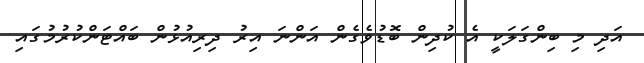
އަދި މި ބިންގަލަކީ އެ ކުދިން ބޮޑުވެގެން އަންނަ އިރު ދިރިއުޅުން ބައްޓަންކުރުމުގައި